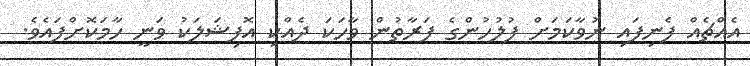
އެއްޗެއް ފެނިފައި ނުވާކަމަށް ފުލުހުންގެ ފަރާތުން ވާހަކަ ދެއްކި އޮފިޝަލަކު ވަނީ ހާމަކޮށްފައެވެ.